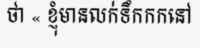
ថា « ខ្ញុំមានលក់ទឹកកកនៅ